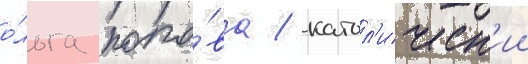
о́льга попо́ва / катол'ическ'ии